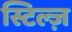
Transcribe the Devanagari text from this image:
स्टिल्ज़